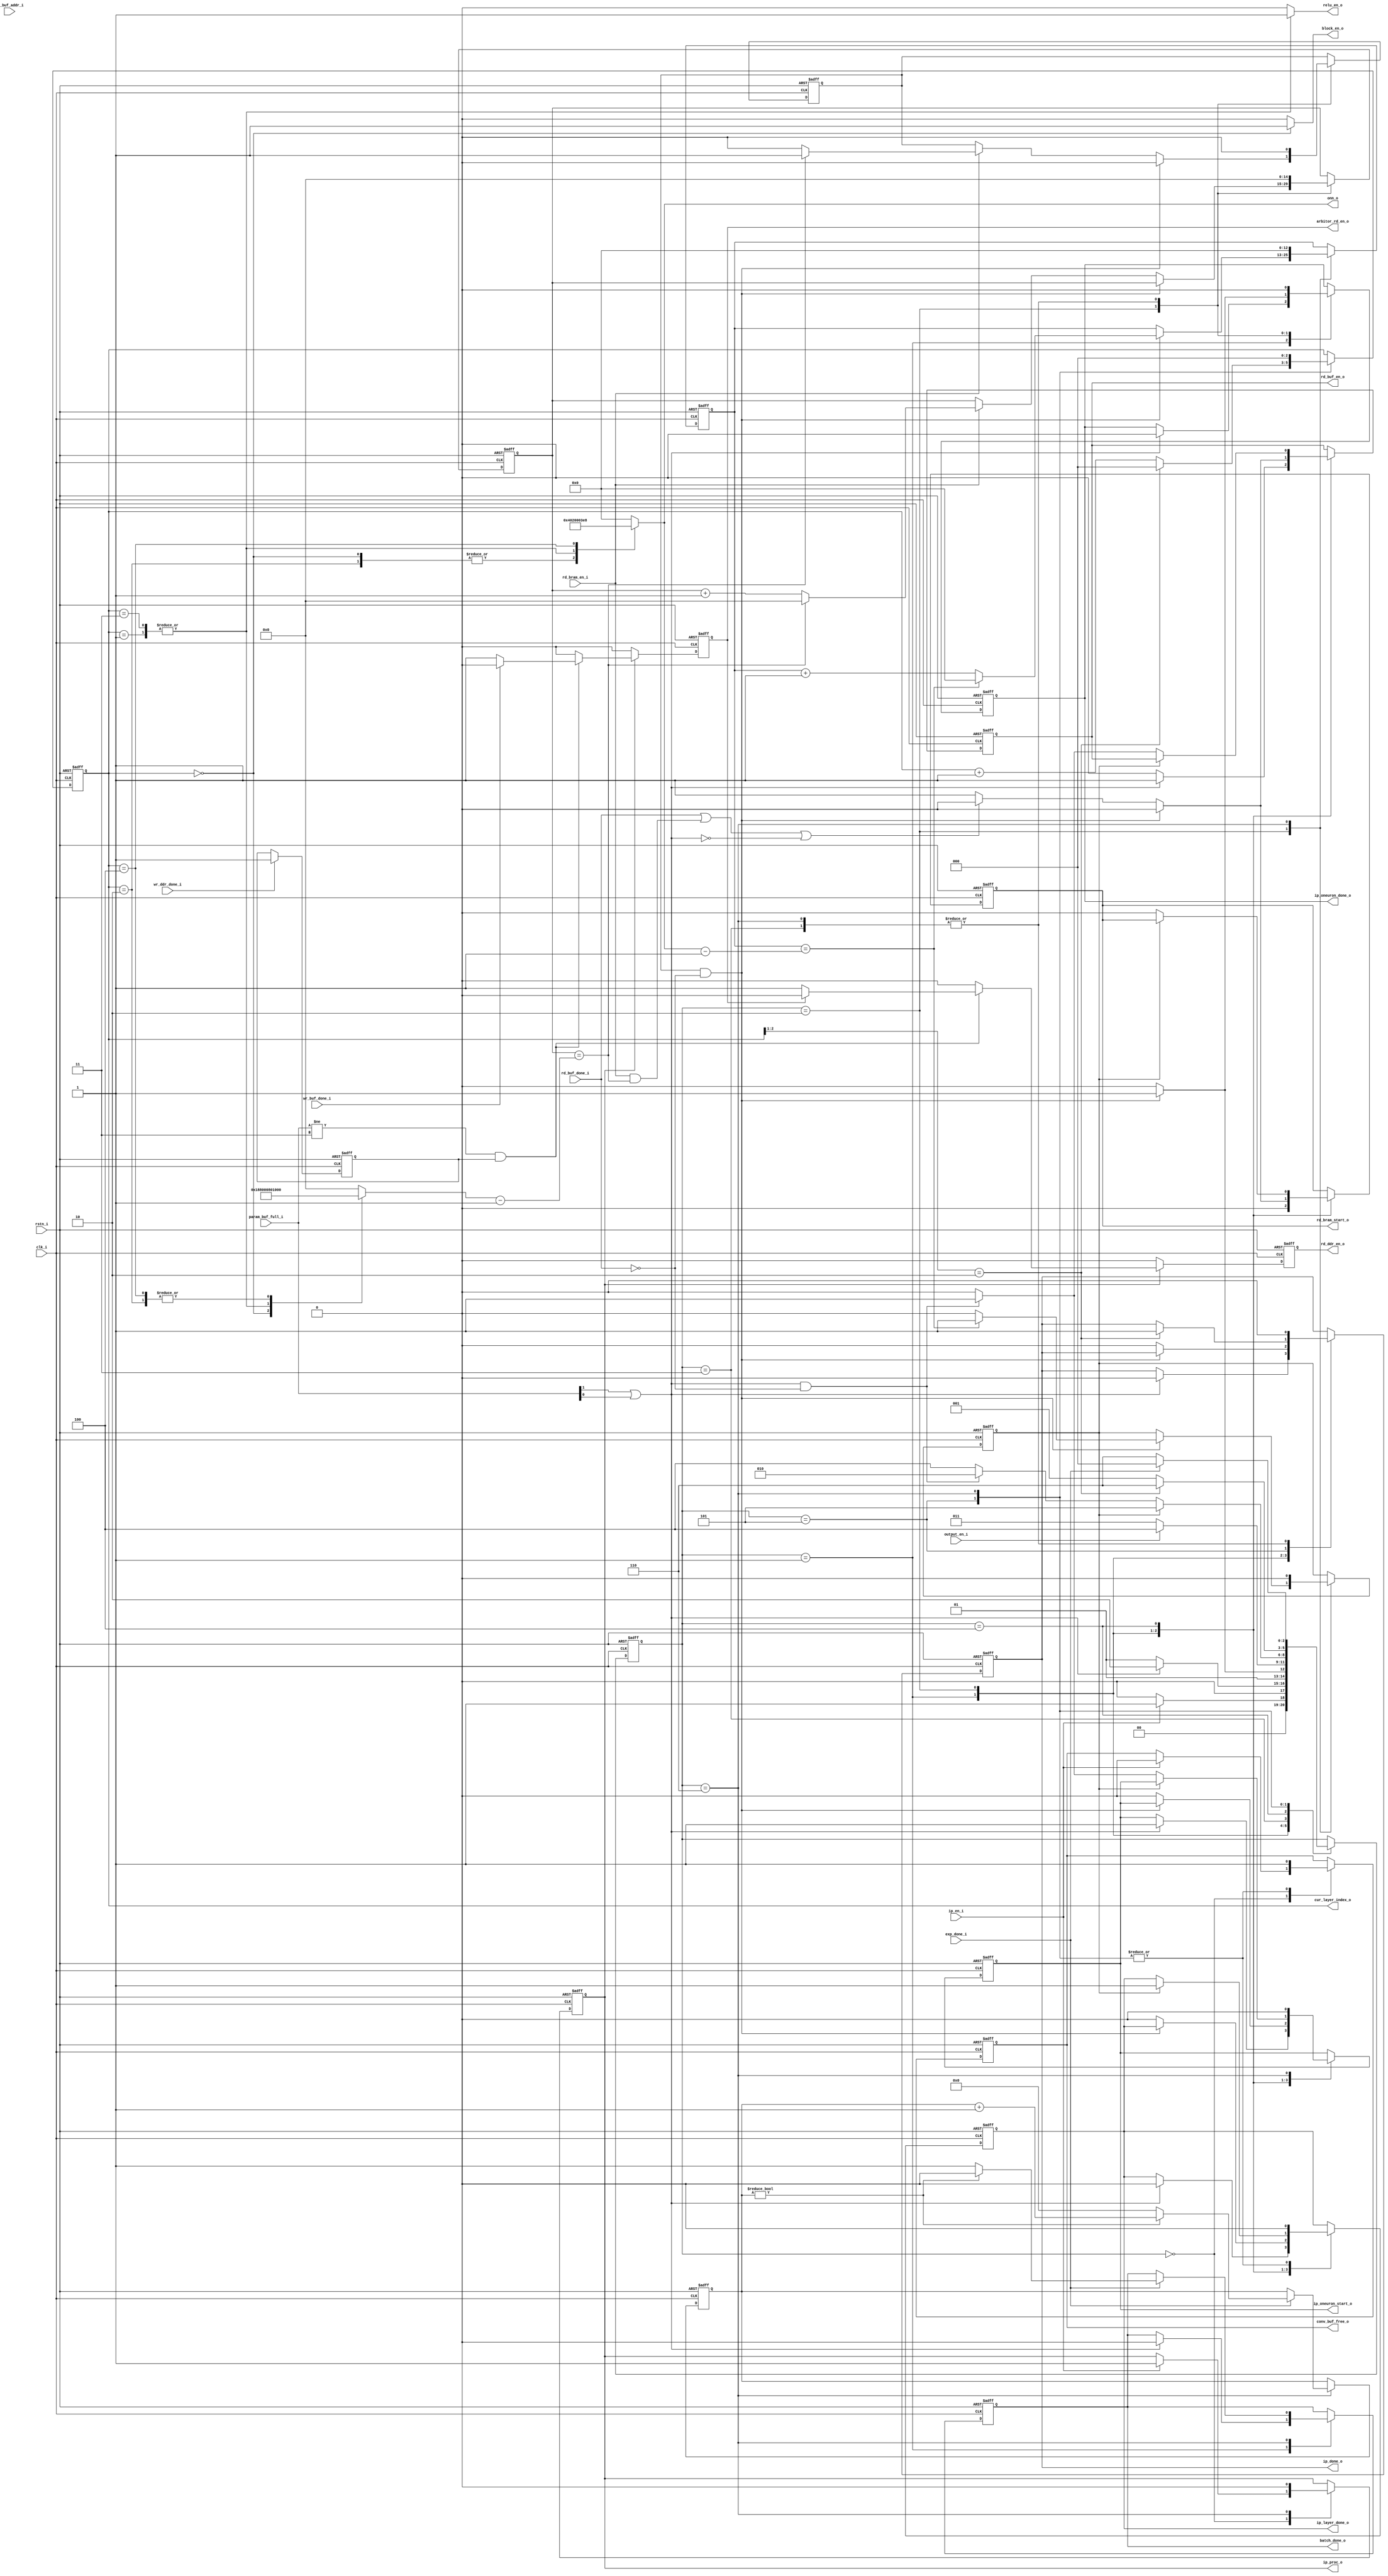
/*
  --inner product op controller
*/

module ip_control
#(
    parameter LAYER_NUM = 2'b10,
    parameter B_N = 8'd1,  //BATCH_NUM
    parameter WL = 32
)
(
    input                       clk_i,
    input                       rstn_i,
    /*(*mark_debug="TRUE"*)*/input  ip_en_i,  //enable ip, data from conv are valid
    /*(*mark_debug="TRUE"*)*/input  exp_done_i,
    input                       wr_ddr_done_i, //prepare data are written into conv_buf 
    input                       wr_buf_done_i,//param of WL read from ddr are written into param_buf
    /*(*mark_debug="TRUE"*)*/input  [2-1:0] param_buf_full_i,
    output reg                  rd_bram_start_o,
    input                       rd_bram_en_i,
    input                       rd_buf_done_i, //32 params are read from param_buf
    input  [9-1:0]              ip_buf_addr_i,
    input                       output_en_i,
    output reg                  rd_buf_en_o,
    output reg                  rd_ddr_en_o,
    output                      arbitor_rd_en_o,
    /*(*mark_debug="TRUE"*)*/output [3-1:0] cur_layer_index_o,
    output reg                  relu_en_o,
    output reg                  block_en_o,
    output reg                  ip_oneuron_start_o,
    output reg                  ip_oneuron_done_o,
    output [13-1:0]             onn_o,
    output reg                  ip_layer_done_o,
    output reg                  conv_buf_free_o, //fc buff is ready(equal to empty), and conv buf can be freed
    output                      ip_proc_o,  //param buff en
    output reg                  ip_done_o,
    output reg                  batch_done_o //disabled
);

    localparam IP_IDLE    = 3'd0;
    localparam LAYER_PROC = 3'd1;
    localparam ONEUR_PROC = 3'd2;
    localparam ONEUR_DONE = 3'd3;
    localparam ONEUR_WRIT = 3'd4;
    localparam LAYER_DONE = 3'd5;
    localparam IP_DONE    = 3'd6;

    /*(*mark_debug="TRUE"*)*/reg [3-1:0] _cs_;

    (*mark_debug="TRUE"*)reg [3-1:0] cur_layer_index;
    wire        param_buf_ready;
    reg         last_ineuron_proc;
    reg         last_oneuron_proc;
    reg [15-1:0] num_ineuron_proc;
    reg [13-1:0] num_oneuron_proc;
    reg [15-1:0] inn; // input neuron number
    reg [13-1:0] onn; // output neuron number
    /*(*mark_debug="TRUE"*)*/reg [8-1:0]  batch_num;
    reg ip_proc;

    assign param_buf_ready = param_buf_full_i[1] || param_buf_full_i[0];
    assign ip_proc_o = ip_proc;
    always @(negedge rstn_i or posedge clk_i) begin
        if(~rstn_i) begin
            _cs_ <= IP_IDLE;

            rd_bram_start_o <= 1'b0;
            rd_buf_en_o     <= 1'b0;
            cur_layer_index <= 3'd0;
            ip_oneuron_start_o <= 1'b0;
            ip_oneuron_done_o  <= 1'b0;
            ip_layer_done_o    <= 1'b0;
            conv_buf_free_o    <= 1'b1;
            ip_proc            <= 1'b0;
            ip_done_o          <= 1'b0;
            batch_done_o       <= 1'b0;
            batch_num          <= 8'd0;

            num_ineuron_proc   <= 15'd0;
            num_oneuron_proc   <= 13'd0;
            last_ineuron_proc  <= 1'b0;
            last_oneuron_proc  <= 1'b0;
        end
        else begin
            case(_cs_)
            IP_IDLE: begin
                if(ip_en_i) begin   
                    _cs_ <= LAYER_PROC;
                   
                   ip_proc         <= 1'b1; //enable param_buf to hold data from ddr
                   conv_buf_free_o <= 1'b0; //close fc buf to hold conv_data
                end
                else begin
                    _cs_ <= IP_IDLE;
                end
            end
            LAYER_PROC: begin
                if(param_buf_ready) begin
                    _cs_ <= ONEUR_PROC;

                    // param_buf enable signal should be ahead of 
                    // bram signal to read bias for beginning of 
                    // process output neuron
                    rd_bram_start_o    <= 1'b0;   //bram(conv_buf and ip_buf) read enable
                    rd_buf_en_o        <= 1'b1;   //rd param from param_buf
                    ip_oneuron_start_o <= 1'b1;   //rd param controls
                    ip_oneuron_done_o  <= 1'b0;
                    ip_layer_done_o    <= 1'b0;
                    ip_done_o          <= 1'b0;
                    batch_done_o       <= 1'b0;
                end
                /*
                else if(~ip_en_i) begin
                    _cs_ <= IP_IDLE;
                end
                */
                else begin
                    _cs_ <= LAYER_PROC;

                    rd_bram_start_o <= 1'b0;
                    rd_buf_en_o     <= 1'b0;
                end
            end
            ONEUR_PROC: begin  
                // input fm first
                // Complete a traversal of all input channels for one time
                // last input process for output neuron,
                // make sure it will be processed with rd_buf_done_i=1
                if(last_ineuron_proc && ~rd_buf_done_i) begin //last inn_layer
                    _cs_ <= ONEUR_DONE;

                    rd_bram_start_o   <= 1'b0;
                    rd_buf_en_o       <= 1'b0;
                    ip_oneuron_done_o <= 1'b1;
                    last_ineuron_proc <= 1'b0;
                    if(num_oneuron_proc == onn-1'b1) begin //onn_layer_idx++
                        num_oneuron_proc  <= 12'd0;
                        last_oneuron_proc <= 1'b1;
                    end
                    else begin
                        num_oneuron_proc  <= num_oneuron_proc + 1'b1;
                        last_oneuron_proc <= 1'b0;
                    end
                end
                else begin  //inn_layer_idx++
                    _cs_ <= ONEUR_PROC;

                    // wait one clock to switch param buffer
                    if(rd_buf_done_i || (rd_bram_en_i && num_ineuron_proc == inn-1'b1) || 
                      ~param_buf_ready) begin
                        rd_bram_start_o <= 1'b0;
                        rd_buf_en_o     <= 1'b0;
                    end
                    else begin
                        rd_bram_start_o <= 1'b1;
                        rd_buf_en_o     <= 1'b1;
                    end
                    if (rd_bram_en_i==1'b1) begin
                        if (num_ineuron_proc == inn-1'b1) begin
                            num_ineuron_proc  <= 15'd0;
                            last_ineuron_proc <= 1'b1;
                            // ip_oneuron_done_o <= 1'b0;
                        end
                        else begin
                            num_ineuron_proc  <= num_ineuron_proc + 1'b1;
                            last_ineuron_proc <= 1'b0;
                            // ip_oneuron_done_o <= 1'b1;
                        end
                    end
                    ip_oneuron_start_o <= 1'b0;
                    ip_oneuron_done_o  <= 1'b0;
                    ip_layer_done_o    <= 1'b0;
                    ip_done_o          <= 1'b0;
                end
            end
            ONEUR_DONE: begin
                // after output data has been wrotten out, 
                // state can change
                if(output_en_i) begin //wait for results of ip_mult_add are wrotten out
                    _cs_ <= ONEUR_WRIT;
                end
                else begin
                    _cs_ <= ONEUR_DONE;
                end
                
                num_ineuron_proc  <= 15'd0;
                last_ineuron_proc <= 1'b0;
                ip_oneuron_done_o <= 1'b0;
                ip_done_o         <= 1'b0;
            end
            ONEUR_WRIT: begin
                if(last_oneuron_proc) begin
                    _cs_ <= LAYER_DONE;

                    ip_layer_done_o <= 1'b1;
                end
                else begin 
                    if(param_buf_ready && ~rd_buf_done_i) begin
                        _cs_ <= ONEUR_PROC;

                        rd_bram_start_o    <= 1'b0;
                        rd_buf_en_o        <= 1'b1;
                        ip_oneuron_start_o <= 1'b1;
                    end
                    else begin //waitting for param
                        _cs_ <= ONEUR_WRIT;

                        rd_bram_start_o    <= 1'b0;
                        rd_buf_en_o        <= 1'b0;
                        ip_oneuron_start_o <= 1'b0;
                    end
                end 
            end
            LAYER_DONE: begin
                if(cur_layer_index[2:1] == LAYER_NUM) begin
                    _cs_ <= IP_DONE;

                    ip_layer_done_o <= 1'b0;
                    ip_done_o       <= 1'b1;
                end
                else begin
                    _cs_ <= LAYER_PROC;

                    ip_layer_done_o <= 1'b0;
                end

                if(cur_layer_index[2:1] == LAYER_NUM) begin
                    cur_layer_index  <= 3'd0;
                end
                else begin
                    cur_layer_index  <= cur_layer_index + 1'b1;
                end
                conv_buf_free_o <= 1'b1;
            end
            IP_DONE: begin            
                ip_proc   <= 1'b0;
                ip_done_o <= 1'b0;
                cur_layer_index <= 3'd0;
                ip_oneuron_start_o <= 1'b0;
                ip_oneuron_done_o  <= 1'b0;
                ip_layer_done_o    <= 1'b0;
                conv_buf_free_o    <= 1'b1;
                num_ineuron_proc   <= 15'd0;
                num_oneuron_proc   <= 13'd0;
                last_ineuron_proc  <= 1'b0;
                last_oneuron_proc  <= 1'b0;
                
                if(exp_done_i) begin
                    _cs_ <= IP_IDLE;
                    
                    if(batch_num != B_N-1'b1) begin
                        batch_num    <= batch_num + 1'b1;
                        batch_done_o <= 1'b0;
                    end
                    else begin
                        batch_num    <= 8'd0;
                        batch_done_o <= 1'b1;
                    end
                end
                else begin
                    _cs_ <= IP_DONE;
                end
            end
            endcase
        end
    end
    
    assign onn_o = onn;
    assign cur_layer_index_o = cur_layer_index;
    always @(cur_layer_index)
    begin
        case(cur_layer_index)
            3'd0: begin inn = 15'd25088; onn = 13'd256;  relu_en_o = 1'b0; block_en_o = 1'b1; end //set input channels to 512*7*7
            3'd1: begin inn = 15'd256;   onn = 13'd4096; relu_en_o = 1'b1; block_en_o = 1'b0; end
            3'd2: begin inn = 15'd4096;  onn = 13'd256;  relu_en_o = 1'b0; block_en_o = 1'b0; end
            3'd3: begin inn = 15'd256;   onn = 13'd4096; relu_en_o = 1'b1; block_en_o = 1'b0; end
            3'd4: begin inn = 15'd4096;  onn = 13'd1000; relu_en_o = 1'b0; block_en_o = 1'b0; end
            default: begin inn = 15'd0;  onn = 13'd0;    relu_en_o = 1'b0; block_en_o = 1'b0; end
        endcase
    end

    // read parameter control
    reg ddr_data_ready;
    reg rd_ddr_start;
    //--write done signal should be kept during all 
    //--inner product process
    always @(posedge clk_i or negedge rstn_i) begin
        if(~rstn_i) begin ddr_data_ready <= 1'b0; end
        else begin
            if(wr_ddr_done_i) begin ddr_data_ready <= 1'b1; end
        end
    end
    //--read ddr enable is not related to state _cs_
    //--so, read ddr enable signal is only controlled
    //--by param buf state

    //--arbitor_rd_en_o must be hold hight until
    //--read ddr cycle is done
    assign arbitor_rd_en_o = rd_ddr_start;
    always @(posedge clk_i or negedge rstn_i) begin
        if (~rstn_i) begin 
            rd_ddr_en_o  <= 1'b0; 
            rd_ddr_start <= 1'b0; 
        end
        else begin
            if (ip_proc) begin
                if (param_buf_full_i!=2'b11 && ddr_data_ready) 
                begin
                    if(~rd_ddr_start) begin 
                        rd_ddr_en_o  <= 1'b1; 
                        rd_ddr_start <= 1'b1; 
                    end
                    else begin 
                        rd_ddr_en_o <= 1'b0; 
                    end
                    if(wr_buf_done_i) begin 
                        rd_ddr_start <= 1'b0; 
                    end
                end
                else begin 
                    rd_ddr_en_o <= 1'b0;
                    rd_ddr_start <= 1'b0;
                end
            end
            else begin 
                rd_ddr_en_o <= 1'b0; 
                rd_ddr_start <= 1'b0; 
            end
        end
    end

endmodule